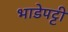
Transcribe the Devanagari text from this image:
भाडेपट्टी